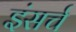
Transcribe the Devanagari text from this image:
इंसर्च